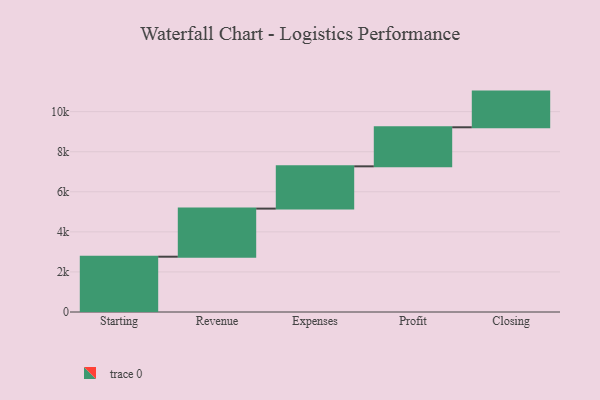
{"axis": {"x": "Step", "y": "Value"}, "legend": [""], "data": [{"x": "Starting", "y": 2760.0, "type": ""}, {"x": "Revenue", "y": 2401.0, "type": ""}, {"x": "Expenses", "y": 2110.0, "type": ""}, {"x": "Profit", "y": 1949.0, "type": ""}, {"x": "Closing", "y": 1781.0, "type": ""}]}